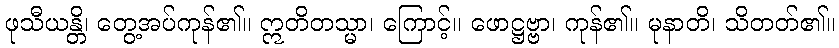
ဖုသီယန္တိ၊ တွေ့အပ်ကုန်၏။ ဣတိတသ္မာ၊ ကြောင့်။ ဖောဋ္ဌဗ္ဗာ၊ ကုန်၏။ မုနာတိ၊ သိတတ်၏။